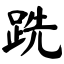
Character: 跣